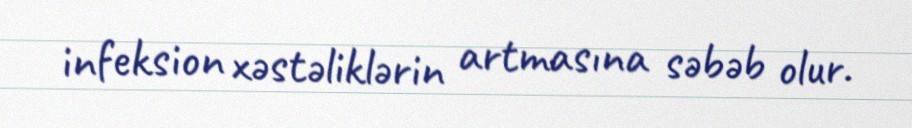
infeksion xəstəliklərin artmasına səbəb olur.